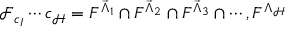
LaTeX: \mathcal { F } _ { c _ { I } } \cdots c _ { \mathcal { H } } = F ^ { \vec { \Lambda } _ { 1 } } \cap F ^ { \vec { \Lambda } _ { 2 } } \cap F ^ { \vec { \Lambda } _ { 3 } } \cap \cdots , F ^ { \Lambda _ { \mathcal { H } } }